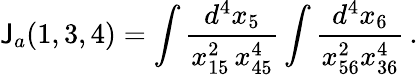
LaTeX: \mathsf{J}_{a}(1,3,4)=\int\frac{{d^{4}x_{5}}}{{x_{15}^{2}\, x_{45}^{4}}}\int\frac{{d^{4}x_{6}}}{{x_{56}^{2}x_{36}^{4}}}\, .